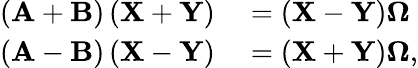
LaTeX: \begin{array}{rl}{\left(\mathbf{A}+\mathbf{B}\right)\left(\mathbf{X}+\mathbf{Y}\right)}&{{}=\left(\mathbf{X}-\mathbf{Y}\right)\mathbf{\Omega}}\\ {\left(\mathbf{A}-\mathbf{B}\right)\left(\mathbf{X}-\mathbf{Y}\right)}&{{}=\left(\mathbf{X}+\mathbf{Y}\right)\mathbf{\Omega},}\end{array}